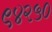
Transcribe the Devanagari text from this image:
९४२५०